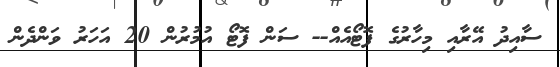
ސާއިދު އޭރާއި މިހާރުގެ ފޮޓޯއެއް-- ސަން ފޮޓޯ އުމުރުން 20 އަހަރު ވަންދެން